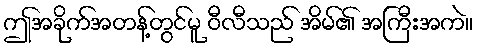
ဤအခိုက်အတန့်တွင်မူ ဝီလီသည် အိမ်၏ အကြီးအကဲ။